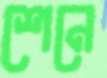
শেনে